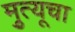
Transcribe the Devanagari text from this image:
मृुत्यूचा